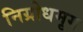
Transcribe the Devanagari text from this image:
निग्रोधमृग